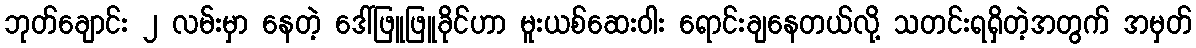
ဘုတ်ချောင်း ၂ လမ်းမှာ နေတဲ့ ဒေါ်ဖြူဖြူခိုင်ဟာ မူးယစ်ဆေးဝါး ရောင်းချနေတယ်လို့ သတင်းရရှိတဲ့အတွက် အမှတ်